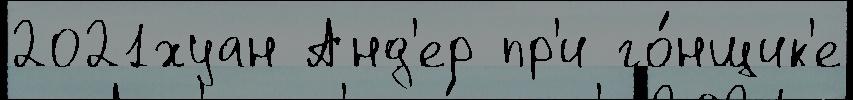
2021хуан Анд'ер пр'и го́нщик'е